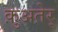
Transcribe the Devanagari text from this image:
क़ुअतेर्